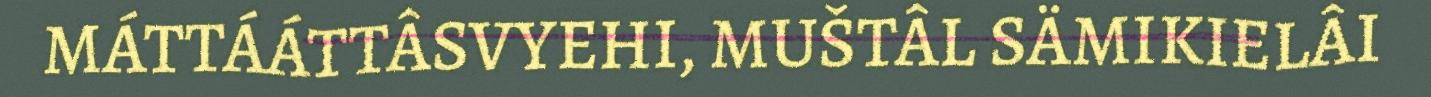
MÁTTÁÁTTÂSVYEHI, MUŠTÂL SÄMIKIELÂI